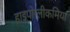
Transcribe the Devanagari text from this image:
हाइपोग्लीकमिया